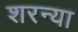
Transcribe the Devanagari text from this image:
शरन्या